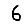
Digit: 6